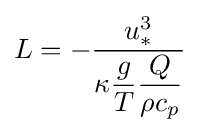
L=-{\dfrac {u_{*}^{3}}{\kappa {\dfrac {g}{T}}{\dfrac {Q}{\rho c_{p}}}}}